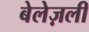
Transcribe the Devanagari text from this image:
बेलेज़ली